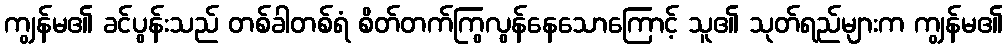
ကျွန်မ၏ ခင်ပွန်းသည် တစ်ခါတစ်ရံ စိတ်တက်ကြွလွန်နေသောကြောင့် သူ၏ သုတ်ရည်များက ကျွန်မ၏